Mental hospitals Bombay report 1921-28 - 1921-1928
Year: 1921
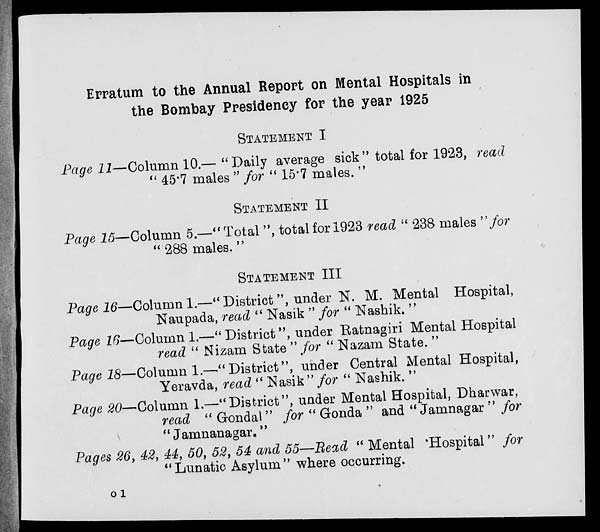
Erratum to the Annual Report on Mental Hospitals in
the Bombay Presidency for the year 1925
STATEMENT I
Page 11—Column 10.— " Daily average sick" total for 1923, read
" 45.7 males " for " 15.7 males. "
STATEMENT II
Page 15— Column 5.— '' Total ", total for 1923 read " 238 males " for
" 288 males. "
STATEMENT III
Page 16—Column 1.—" District ", under N. M. Mental Hospital,
Naupada, read " Nasik " for " Nashik. "
Page 16—Column 1.—" District ", under Ratnagiri Mental Hospital
read " Nizam State " for " Nazam State. "
Page 18—Column 1.—"District", under Central Mental Hospital,
Yeravda, read " Nasik " for " Nashik. "
Page 20—Column 1.—" District ", under Mental Hospital, Dharwar,
read " Gondal " for " Gonda " and " Jamnagar " for
" Jamnanagar."
Pages 26, 42, 44, 50, 52, 54 and 55—Read " Mental Hospital" for
" Lunatic Asylum " where occurring.
o 1